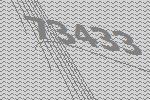
73433